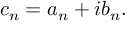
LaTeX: c _ { n } = a _ { n } + i b _ { n } .